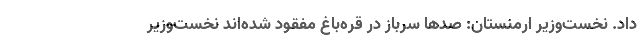
داد. نخست‌وزیر ارمنستان: صدها سرباز در قره‌باغ مفقود شده‌اند نخست‌وزیر